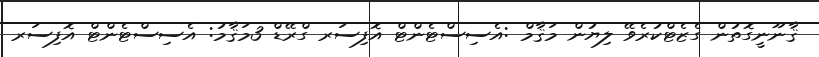
ޤާނޫނީގޮތުން ގެޒެޓްކުރެވޭ ލިޔުން މަޤާމް :އެސިސްޓެންޓް އޮފިސަރ ގްރޭޑް 3މަޤާމު: އެސިސްޓެންޓް އޮފިސަރ